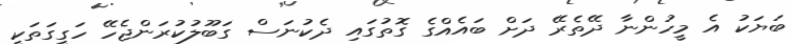
ބަޔަކު އެ މީހުންނާ ދޭތެރޭ ދަށް ބައެއްގެ ގޮތުގައިި ދެކުނަސް ގަބޫލުކުރަންޖެހޭ ހަގީގަތަކީ